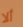
ألا